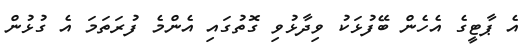
އެ ޕާޓީގެ އެހެން ބޭފުޅަކު ވިދާޅުވި ގޮތުގައި އެންމެ ފުރަތަމަ އެ ގުޅުން